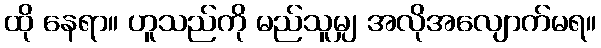
ထို နေရာ။ ဟူသည်ကို မည်သူမျှ အလိုအလျောက်မရ။